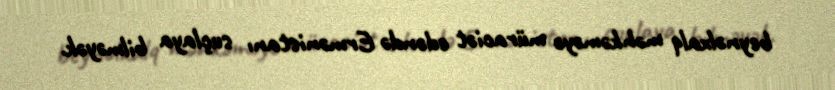
beynəlxalq məhkəməyə müraciət edəndə Ermənistanı suçlaya bilməyək.